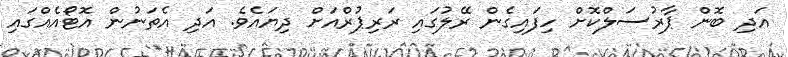
އަދި ބޮން ޕާރުސަލްކޮށް ހިފައިގެން ރޭލުގައި ރަރިޕުރްއަށް ދިޔައެވެ. އަދި އެތަނުން އޮޓޯއެއްގައި